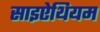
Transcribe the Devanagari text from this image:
साइऐथियम